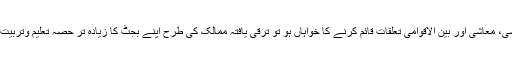
اگر کوئی ملک سیاسی، معاشی اور بین الاقوامی تعلقات قائم کرنے کا خواہاں ہو تو ترقی یافتہ ممالک کی طرح اپنے بجٹ کا زیادہ تر حصہ تعلیم وتربیت پر خرچ کرنا ہوگا۔